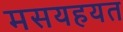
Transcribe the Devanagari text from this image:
मसयहयत